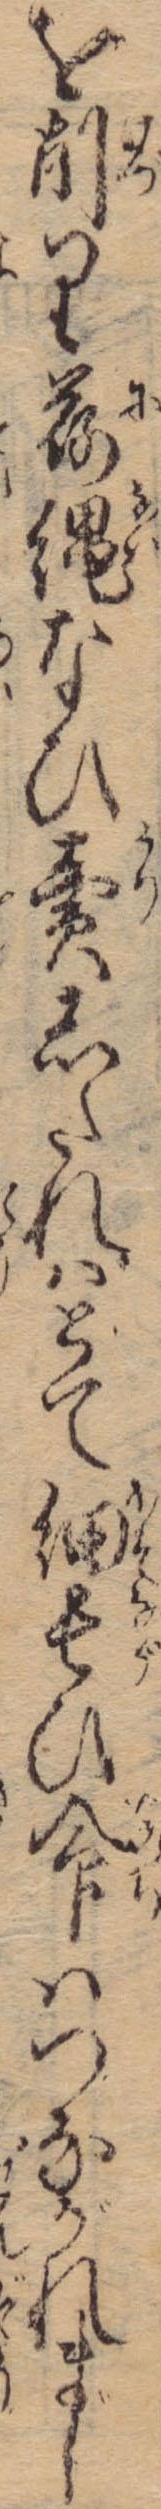
を削り荷縄なひ売したれはとて細長ひ命はつながれまじ